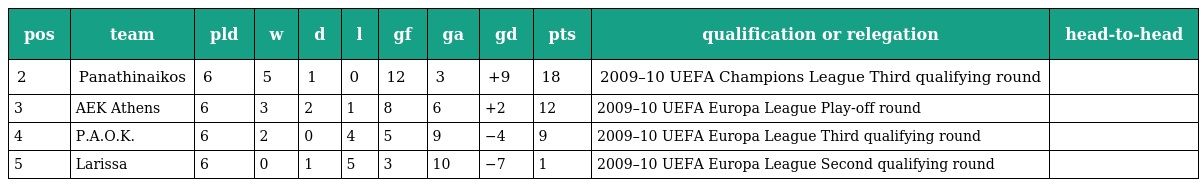
| pos | team | pld | w | d | l | gf | ga | gd | pts | qualification or relegation | head-to-head |
 | --- | --- | --- | --- | --- | --- | --- | --- | --- | --- | --- | --- |
 | 2 | Panathinaikos | 6 | 5 | 1 | 0 | 12 | 3 | +9 | 18 | 2009–10 UEFA Champions League Third qualifying round |  |
 | 3 | AEK Athens | 6 | 3 | 2 | 1 | 8 | 6 | +2 | 12 | 2009–10 UEFA Europa League Play-off round |  |
 | 4 | P.A.O.K. | 6 | 2 | 0 | 4 | 5 | 9 | −4 | 9 | 2009–10 UEFA Europa League Third qualifying round |  |
 | 5 | Larissa | 6 | 0 | 1 | 5 | 3 | 10 | −7 | 1 | 2009–10 UEFA Europa League Second qualifying round |  |